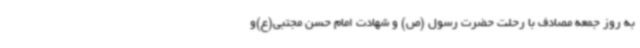
به روز جمعه مصادف با رحلت حضرت رسول (ص) و شهادت امام حسن مجتبی(ع)و